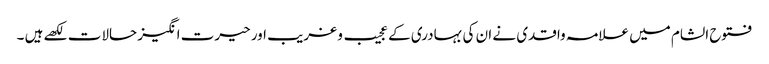
فتوح الشام میں علامہ واقدی نے ان کی بہادری کے عجیب و غریب اور حیرت انگیز حالات لکھے ہیں ۔